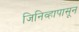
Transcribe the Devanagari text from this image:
जिनिव्हापासून